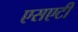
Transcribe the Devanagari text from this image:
एसएटी